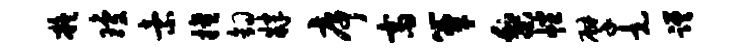
凝琼索擅钩肄序斋簟梨幡擘竟蹉